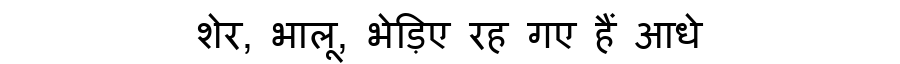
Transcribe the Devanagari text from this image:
शेर, भालू, भेड़िए रह गए हैं आधे